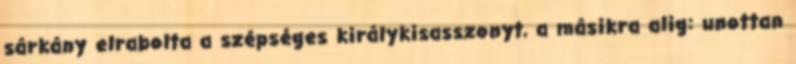
sárkány elrabolta a szépséges királykisasszonyt, a másikra alig: unottan